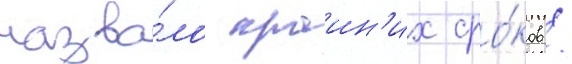
назва́ло краин'их сро́ков /